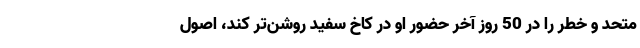
متحد و خطر را در 50 روز آخر حضور او در کاخ سفید روشن‌تر کند، اصول